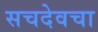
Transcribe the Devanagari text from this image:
सचदेवचा